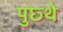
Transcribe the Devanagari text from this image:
पुछ्थे